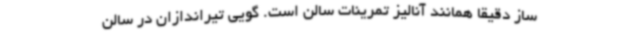
ساز دقیقا همانند آنالیز تمرینات سالن است. گویی تیراندازان در سالن